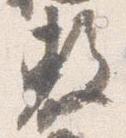
敷